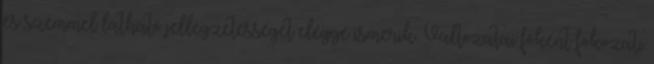
és szemmel látható jellegzetességét eléggé ismerik. Változatai főként fokozati